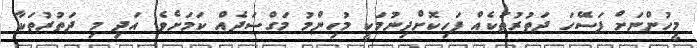
މީހުންނަށް ފަސޭހަ ދަތުރުތަކެއް ފަހިކޮށްދިނުމަކީ މުހިންމު މަގްސަދެއް ކަމަށެވެ. އަދި މި ދަތުރުތަކާ